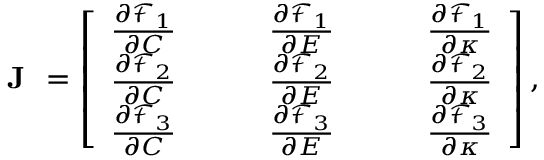
\textbf { J } = \left[ \begin{array} { c c c c c c c } { \frac { \partial \mathcal { F } _ { 1 } } { \partial C } } & & & { \frac { \partial \mathcal { F } _ { 1 } } { \partial E } } & & & { \frac { \partial \mathcal { F } _ { 1 } } { \partial \kappa } } \\ { \frac { \partial \mathcal { F } _ { 2 } } { \partial C } } & & & { \frac { \partial \mathcal { F } _ { 2 } } { \partial E } } & & & { \frac { \partial \mathcal { F } _ { 2 } } { \partial \kappa } } \\ { \frac { \partial \mathcal { F } _ { 3 } } { \partial C } } & & & { \frac { \partial \mathcal { F } _ { 3 } } { \partial E } } & & & { \frac { \partial \mathcal { F } _ { 3 } } { \partial \kappa } } \end{array} \right] ,